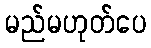
မည်မဟုတ်ပေ